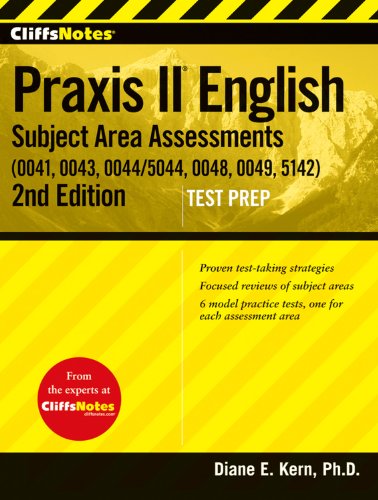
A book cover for CliffsNotes Praxis II English Subject Area Assessments (0041, 0043, 0044/5044, 0048, 0049, 5142), Second Edition; Diane E Kern; Test Preparation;